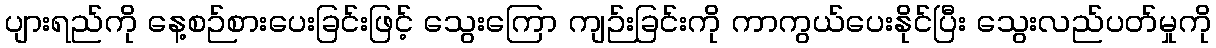
ပျားရည်ကို နေ့စဉ်စားပေးခြင်းဖြင့် သွေးကြော ကျဉ်းခြင်းကို ကာကွယ်ပေးနိုင်ပြီး သွေးလည်ပတ်မှုကို